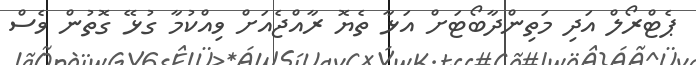
ޕެޓްރޯލް އަދި މަތިންދާބޯޓަށް އަޅާ ތެޔޮ ރާއްޖެއަށް ވިއްކުމާ ގުޅޭ ގޮތުން ވެސް